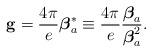
LaTeX: \begin{align*}{\bf g}=\frac{4\pi}{e} \mbox{\boldmath $\beta$}_a^*\equiv\frac{4\pi}{e} \frac{\mbox{\boldmath $\beta$}_a}{\mbox{\boldmath $\beta$}_a^2}.\end{align*}